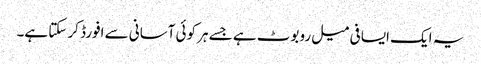
یہ ایک ایسا فی میل روبوٹ ہے جسے ہر کوئی آسانی سے افورڈ کر سکتا ہے۔